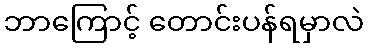
ဘာကြောင့် တောင်းပန်ရမှာလဲ